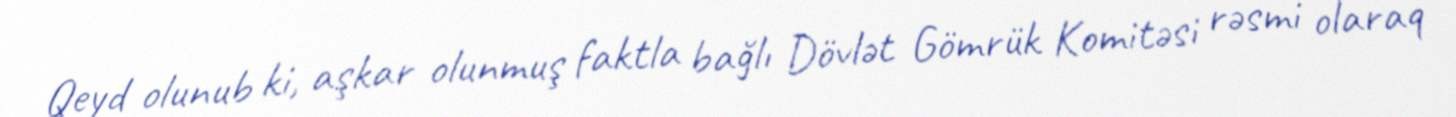
Qeyd olunub ki, aşkar olunmuş faktla bağlı Dövlət Gömrük Komitəsi rəsmi olaraq